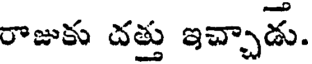
రాజుకు దత్తు ఇచ్చాడు.